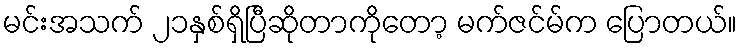
မင်းအသက် ၂၁နှစ်ရှိပြီဆိုတာကိုတော့ မက်ဇင်မ်က ပြောတယ်။